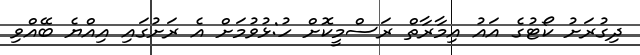
ދިގުރަށު ކޯޓުގެ އައު އިމާރާތް ރަސްމީކޮށް ހު:ޅުވުމަށް އެ ރަށުގައި އިއްޔެ ބޭއްވި